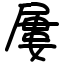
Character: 屢